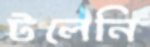
টলেনি